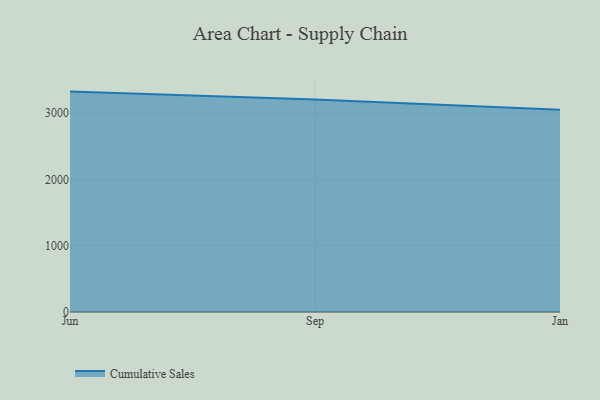
{"axis": {"x": "Month", "y": "Humidity (%)"}, "legend": ["Cumulative Sales"], "data": [{"x": "Jun", "y": 3323.7, "type": "Cumulative Sales"}, {"x": "Sep", "y": 3203.3, "type": "Cumulative Sales"}, {"x": "Jan", "y": 3050.3, "type": "Cumulative Sales"}]}